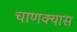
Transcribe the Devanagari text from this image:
चाणक्यास